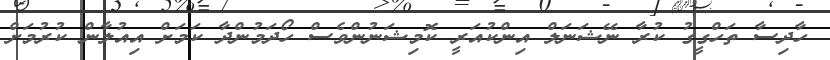
ހާދިސާ ތަހްގީގު ކުރާ ނޭޝަނަލް އިންކުއަރީ ކޮމިޝަނުންވެސް ހޯދަމުންދާ ކަމަށް އިއުލާން ކުރުމަށް